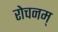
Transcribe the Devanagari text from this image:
रोचनम्